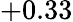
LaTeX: +0.33